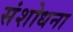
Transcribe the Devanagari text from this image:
संशोधना